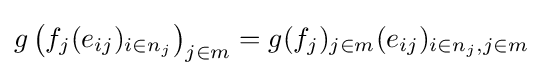
g\left(f_{j}(e_{ij})_{i\in n_{j}}\right)_{j\in m}=g(f_{j})_{j\in m}(e_{ij})_{i\in n_{j},j\in m}